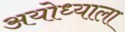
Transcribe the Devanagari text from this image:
अयोध्याला